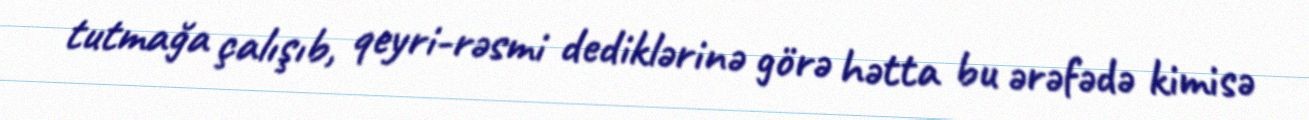
tutmağa çalışıb, qeyri-rəsmi dediklərinə görə hətta bu ərəfədə kimisə